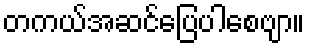
တကယ်အဆင်ပြေပါစေဗျာ။